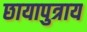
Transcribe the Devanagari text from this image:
छायापुत्राय